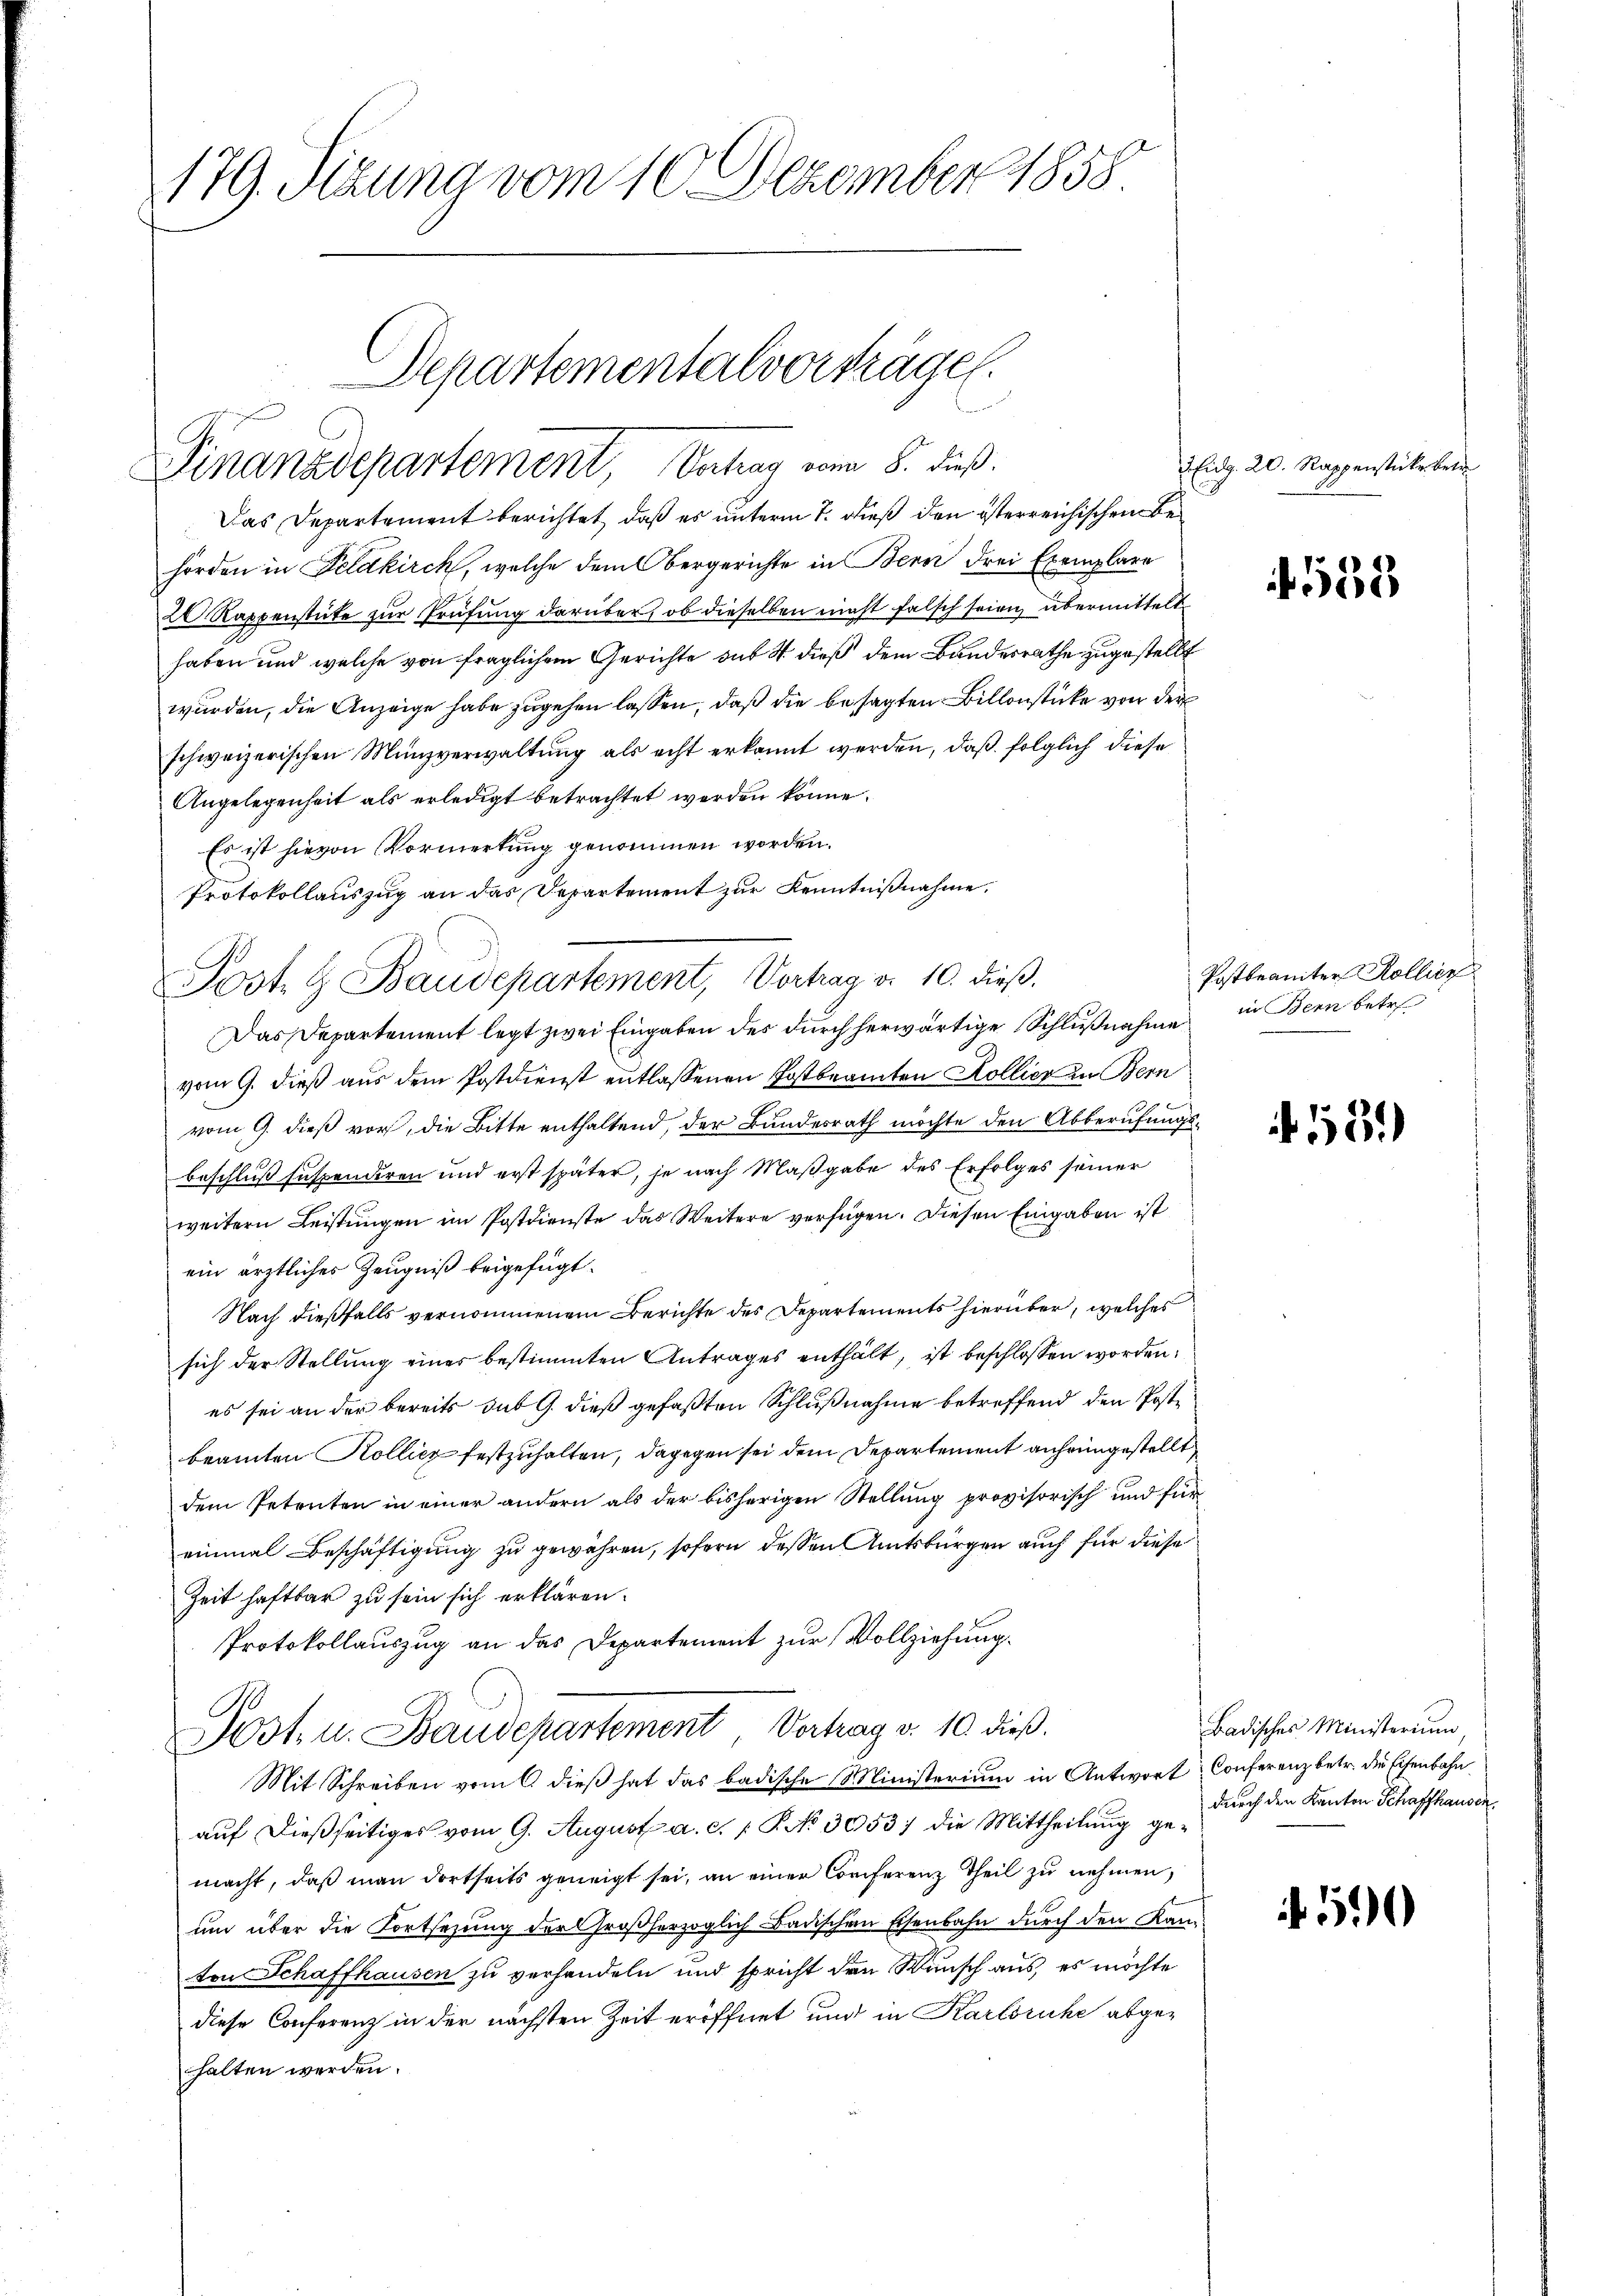
179. Sizung vom 10. Dezember 1858

Departementalvorträgen.
Finanzdepartement, Vertrag vom 8. dieß.

Das Departement berichtet, daß es unterm 7. dieß den österreichischen Behörden in Feldkirch, welche dem Obergerichte in Bern drei Exemplare
20 Rappenstücke zur Prüfung darüber, ob dieselben nicht falsch seien übermittelt
haben und welche von fraglichem Gerichte sub 4 dieß dem Bandesrathe zugestellt
wurden, die Anzeige habe zugehen lassen, daß die besagten Billenstücke von der
schweizerischen Münzverwaltung als echt erkannt werden, daß folglich diese
Angelegenheit als erledigt betrachtet werden könne.
Es ist hievon Vormerkung genommen worden.
Protokollauszug an das Departement zur Kenntnißnahme.
Das Departement legt zwei Eingaben des durch herwärtige Schlußnahme in Bern betre
vom 9. dieß aus dem Postdienst entlassenen Postbeamten Kollier in Bern
vom 9. dieß vor, die Bitte enthaltend, der Bundesrath möchte den Abberufungsbeschluß suspendiren und erst später, je nach Maßgabe des Erfolges seiner
weitern Leistungen im Postdienste das Weitere verfügen. Diesen Eingaben ist
ein ärztliches Zeugniß beigefügt.
Nach dießfalls vernommenem Berichte des Departements hierüber, welches
sich der Stellung eines bestimmten Antrages enthält, ist beschlossen worden.
es sei an der bereits dit 9. dieß gefaßten Schlußnahme betreffend den Postbeamten Kollicz festzuhalten, dagegen sei dem Departement anheimgestellt
dem Petenten in einer andern als der bisherigen Stellung provisorisch und für
einmal Beschäftigung zu gewähren, sofern dessen Amtsbürgen auch für diese
Zeit haftbar zu sein sich erklären.
Protokollauszug an das Departement zur Vollziehung.
Post. u. Baudepartement, Vertrag v. 10. dieß.
Mit Schreiben vom 6 dieß hat das badische Ministerium in Antwort Conferenz betr. die Eisenbahn
auf dießseitiges vom 9. August a. c. P. No 3053) die Mittheilung gemacht, daß man dortseits geneigt sei, an einer Conferenz Theil zu nehmen,
um über die Fortsetzung der Großherzoglich Badischen Eisenbahn durch den Kamten Schaffhausen zu verhandeln und spricht den Wunsch aus, es möchte
diese Conferenz in der nächsten Zeit eröffnet und in Karlsruhe abgehalten werden.

Post. G. Baudepartement, Vortrag v. 10. dieß.

2 Eidg. 20. Rappenstücke betr

533

Postbranter Kollicz

531)

Badisches Ministerium,
durch den Kanton Schaffhausen

590